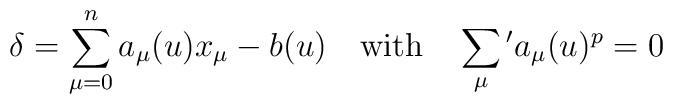
\delta = \sum_{\mu =0}^n a_{\mu}(u)x_{\mu}-b(u)\quad \mbox{with} \quad  \sum_{\mu}{}'a_{\mu}(u)^{p}=0